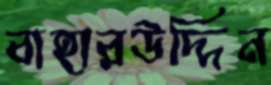
বাহারউদ্দিন